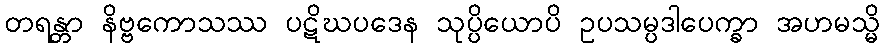
တရန္တာ နိဗ္ဗကောသဿ ပဋိဃပဒေန သုပ္ပိယောပိ ဥပသမ္ပဒါပေက္ခာ အဟမသ္မိ